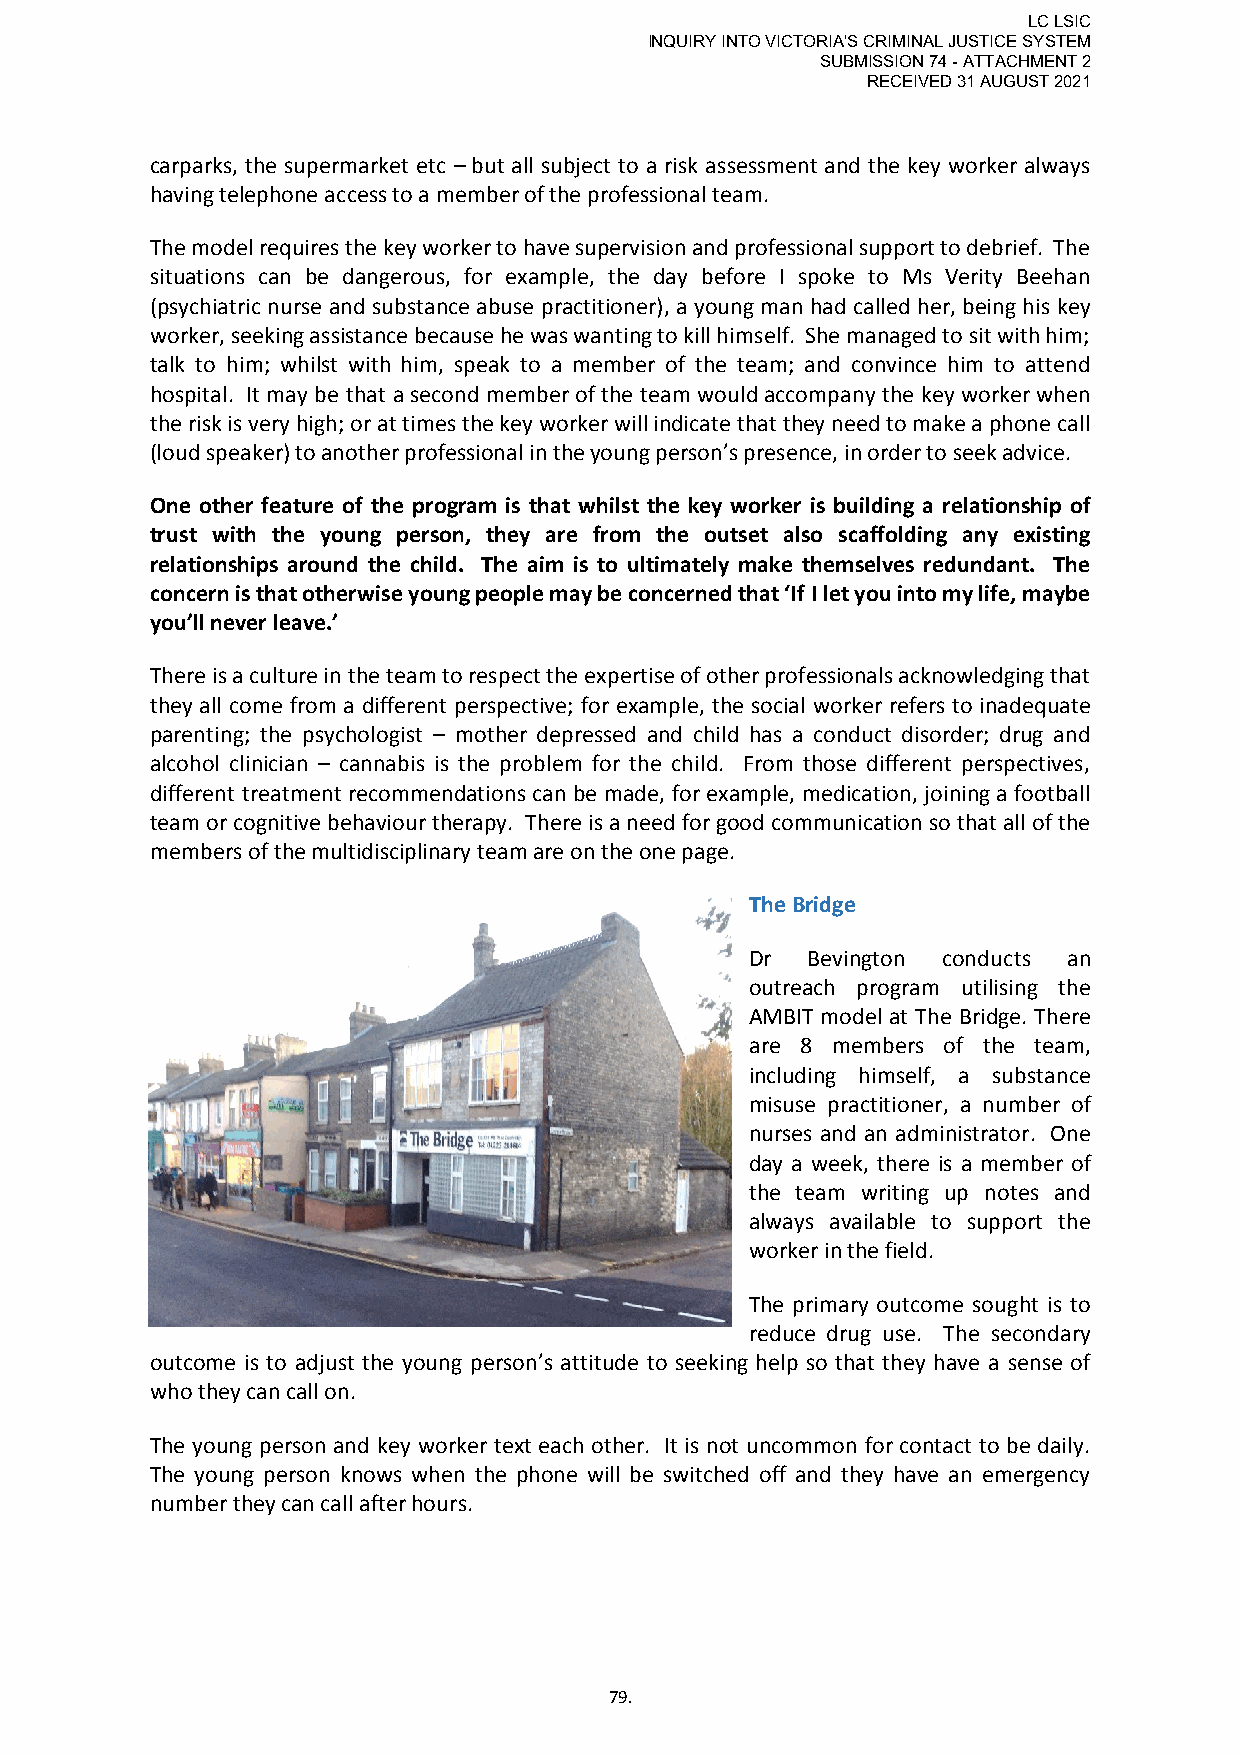
LC LSIC
 INQUIRY INTO VICTORIA'S CRIMINAL JUSTICE SYSTEM
 SUBMISSION 74 - ATTACHMENT 2
 RECEIVED 31 AUGUST 2021
 carparks, the supermarket etc – but all subject to a risk assessment and the key worker always
 having telephone access to a member of the professional team.
 The model requires the key worker to have supervision and professional support to debrief. The
 situations can be dangerous, for example, the day before I spoke to Ms Verity Beehan
 (psychiatric nurse and substance abuse practitioner), a young man had called her, being his key
 worker, seeking assistance because he was wanting to kill himself. She managed to sit with him;
 talk to him; whilst with him, speak to a member of the team; and convince him to attend
 hospital. It may be that a second member of the team would accompany the key worker when
 the risk is very high; or at times the key worker will indicate that they need to make a phone call
 (loud speaker) to another professional in the young person’s presence, in order to seek advice.
 One other feature of the program is that whilst the key worker is building a relationship of
 trust with the young person, they are from the outset also scaffolding any existing
 relationships around the child. The aim is to ultimately make themselves redundant. The
 concern is that otherwise young people may be concerned that ‘If I let you into my life, maybe
 you’ll never leave.’
 There is a culture in the team to respect the expertise of other professionals acknowledging that
 they all come from a different perspective; for example, the social worker refers to inadequate
 parenting; the psychologist – mother depressed and child has a conduct disorder; drug and
 alcohol clinician – cannabis is the problem for the child. From those different perspectives,
 different treatment recommendations can be made, for example, medication, joining a football
 team or cognitive behaviour therapy. There is a need for good communication so that all of the
 members of the multidisciplinary team are on the one page.
 The Bridge
 Dr Bevington conducts an
 outreach program utilising the
 AMBIT model at The Bridge. There
 are 8 members of the team,
 including himself, a substance
 misuse practitioner, a number of
 nurses and an administrator. One
 day a week, there is a member of
 the team writing up notes and
 always available to support the
 worker in the field.
 The primary outcome sought is to
 reduce drug use. The secondary
 outcome is to adjust the young person’s attitude to seeking help so that they have a sense of
 who they can call on.
 The young person and key worker text each other. It is not uncommon for contact to be daily.
 The young person knows when the phone will be switched off and they have an emergency
 number they can call after hours.
 79.